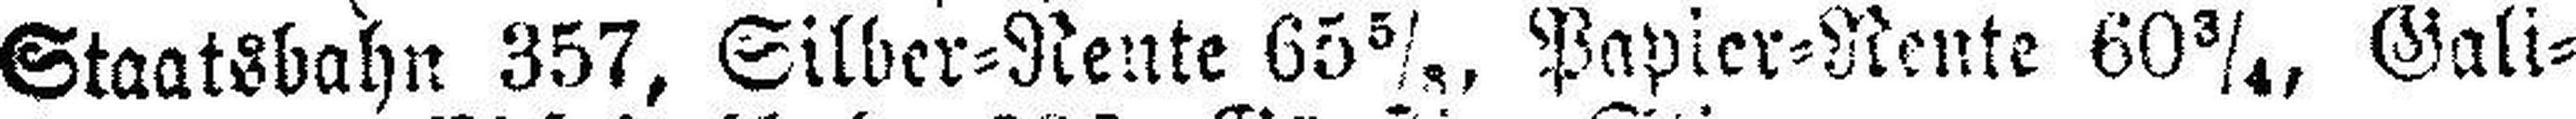
Staatsbahn 357, Silber=Rente 65 5/8, Papier=Rente 60 3/4, Gali¬